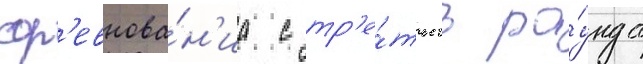
сор'евнова́н'иа с тр'е́тьего ра́унда